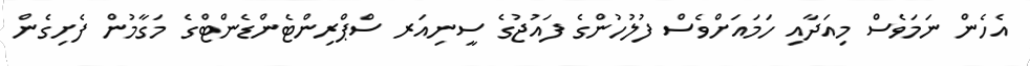
އެހެން ނަމަވެސް މިއަދާއި ހަމައަށްވެސް ފުލުހުންގެ ފައުޖުގެ ސީނިއަރ ސްޕްރިންޓެންޑެންޓްގެ މަގާމުން ފެށިގެން